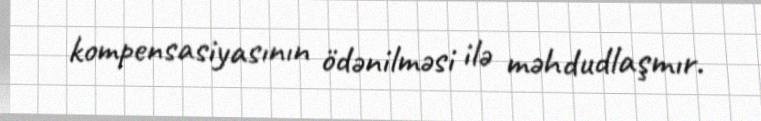
kompensasiyasının ödənilməsi ilə məhdudlaşmır.